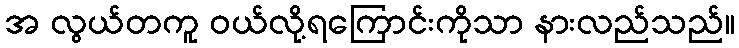
အ လွယ်တကူ ဝယ်လို့ရကြောင်းကိုသာ နားလည်သည်။